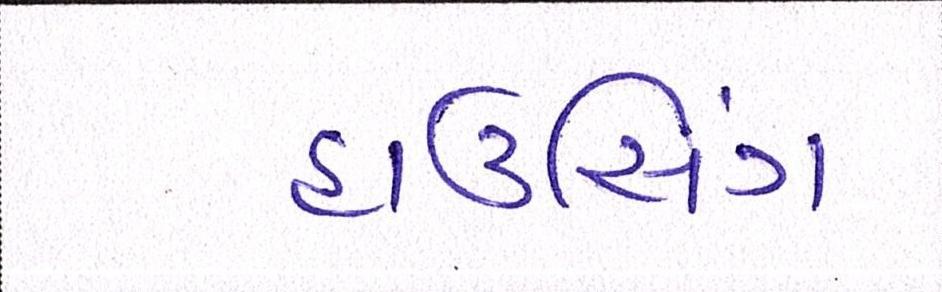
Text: હાઉસિંગ